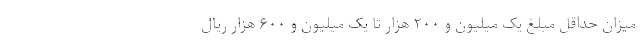
میزان حداقل مبلغ یک میلیون و ۲۰۰ هزار تا یک میلیون و ۶۰۰ هزار ریال